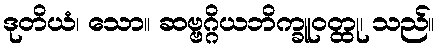
ဒုတိယံ၊ သော။ ဆဗ္ဗဂ္ဂိယဘိက္ခူဝတ္ထု၊ သည်။